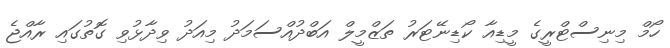
ހޯމް މިނިސްޓްރީގެ މީޑިއާ ކޯޑިނޭޓަރު ތަޒްމީލް އަބްދުއްސަމަދު މިއަދު ވިދާޅުވި ގޮތުގައި ރާއްޖެ